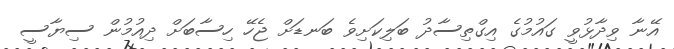
އޭނާ ވިދާޅުވީ ގައުމުގެ އިގްތިސާދު ބަލިކަށިވެ ބަނޑަށް ޖެހޭ ހިސާބަށް ދިއުމުން ސިޔާސީ